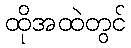
ထိုအထဲတွင်